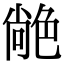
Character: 𦫢